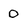
Character: 0